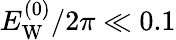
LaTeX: E_{\mathrm{W}}^{(0)}/2\pi\ll 0.1